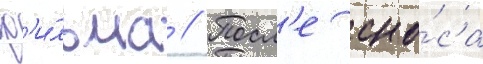
ф'и́льма // Посл'е сно́са